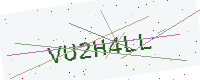
Text: VU2H4LL